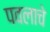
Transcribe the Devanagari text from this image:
पवलाचे